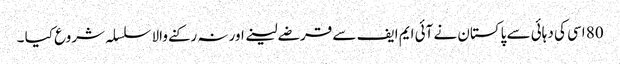
80 اسی کی دہائی سے پاکستان نے آئی ایم ایف سے قرضے لینے اور نہ رکنے والا سلسلہ شروع کیا ۔